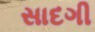
સાદગી